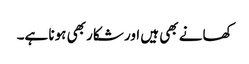
کھانے بھی ہیں اور شکار بھی ہونا ہے۔